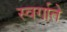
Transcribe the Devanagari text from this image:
स्वर्गाते